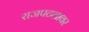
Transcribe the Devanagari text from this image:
राजपटलावर